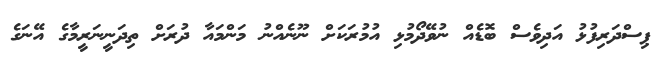
ޕިސްދަރިފުޅު އަދިވެސް ބޮޑެއް ނުވޭދޯމުޅި އުމުރަކަށް ނޫނެއްނު މަންމައާ ދުރަށް ތިދަނީނަރީމާގެ އޭނަގެ